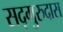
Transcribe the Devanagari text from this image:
सद्‌गुरुदास